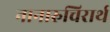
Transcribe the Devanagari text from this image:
नानारुचिरार्थ